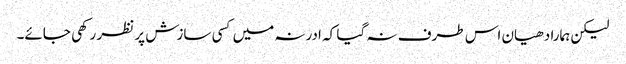
لیکن ہمارا دھیان اس طرف نہ گیا کہ ادرنہ میں کسی سازش پر نظر رکھی جائے۔